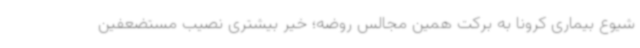
شیوع بیماری کرونا به برکت همین مجالس روضه؛ خیر بیشتری نصیب مستضعفین